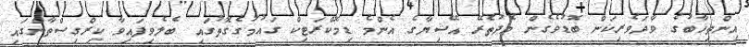
އިންތިޚާބުގެ ވާދަވެރިކަން ބޮޑުވެގެން މެދުތެރޭ އޭޝިޔާގެ އެންމެ ޑިމޮކްރަޓިކް ގައުމުގެގޮތުގައި ބެލެވިފައިވާ ކިރްގިސްތާންގައި